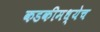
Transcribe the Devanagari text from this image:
कडकीमध्येच